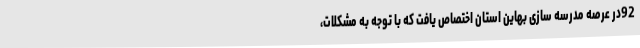
92در عرصه مدرسه سازی بهاین استان اختصاص یافت که با توجه به مشکلات،